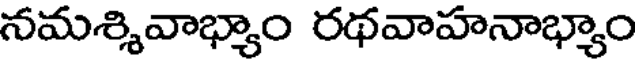
నమశ్శివాభ్యాం రథవాహనాభ్యాం